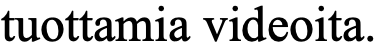
tuottamia videoita.